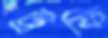
ট্রফি